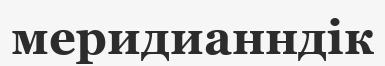
меридианндік